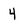
Character: 4